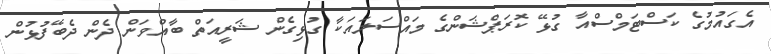
އެގައުމުގެ ކަސްޓަމްސްއާ ގުޅޭ ކޮރަޕްޝަންގެ މައްސަލައަކާ ގުޅިގެން ޝަރީއަތް ބާއްވަން ދެން ދެބޭފުޅުން